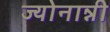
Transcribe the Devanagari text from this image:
ज्योनान्नी